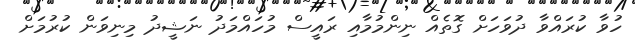
ހުވާ ކުރައްވާ ދުވަހަށް ގޮތެއް ނިންމުމާއި ރައީސް މުހައްމަދު ނަޝީދު މިނިވަން ކުރުމަށް